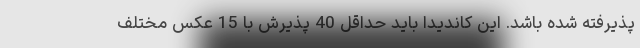
پذیرفته شده باشد. این کاندیدا باید حداقل 40 پذیرش با 15 عکس مختلف